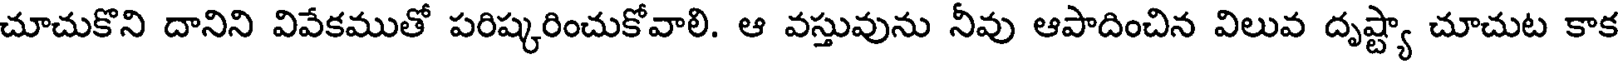
చూచుకొని దానిని వివేకముతో పరిష్కరించుకోవాలి. ఆ వస్తువును నీవు ఆపాదించిన విలువ దృష్ట్యా చూచుట కాక